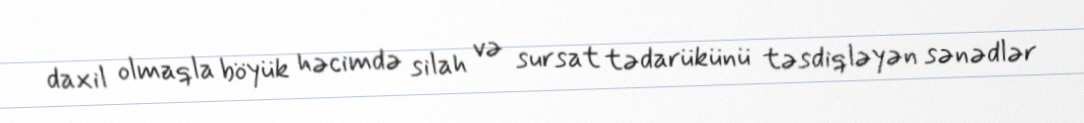
daxil olmaqla böyük həcimdə silah və sursat tədarükünü təsdiqləyən sənədlər